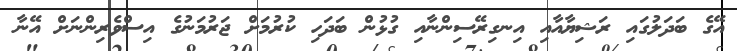
އޭގެ ބަދަލުގައި ރަޝިޔާއާއި އިނގިރޭސިންނާއި ގުޅުން ބަދަހި ކުރުމަށް ޖަރުމަނުގެ އިސްވެރިންނަށް އޭނާ